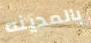
بالمدينه